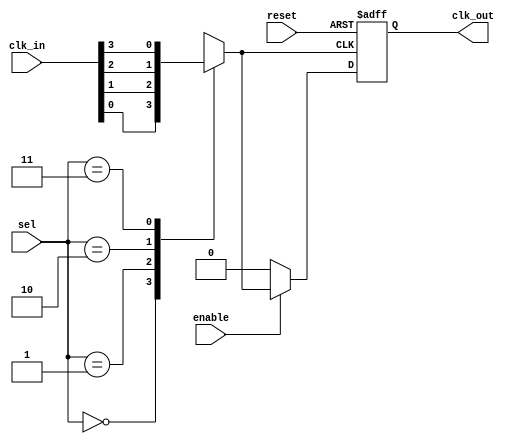
module ClockMultiplexerBuffer #(
    parameter N = 4, // Number of clock inputs
    parameter M = 2  // Number of select lines (N = 2^M)
)(
    input wire [N-1:0] clk_in,  // Clock inputs
    input wire [M-1:0] sel,     // Select lines
    input wire enable,           // Enable signal
    input wire reset,            // Reset signal
    output reg clk_out           // Clock output
);

// Internal signal to hold the selected clock
reg selected_clk;

always @(*) begin
    // Select the clock input based on the select lines
    case (sel)
        2'b00: selected_clk = clk_in[0];
        2'b01: selected_clk = clk_in[1];
        2'b10: selected_clk = clk_in[2];
        2'b11: selected_clk = clk_in[3];
        default: selected_clk = 1'b0; // Default case
    endcase
end

always @(posedge selected_clk or posedge reset) begin
    if (reset) begin
        clk_out <= 1'b0; // Reset output to low
    end else if (enable) begin
        clk_out <= selected_clk; // Route the selected clock to output
    end else begin
        clk_out <= 1'b0; // Hold output low when not enabled
    end
end

endmodule